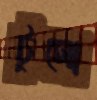
টুসো